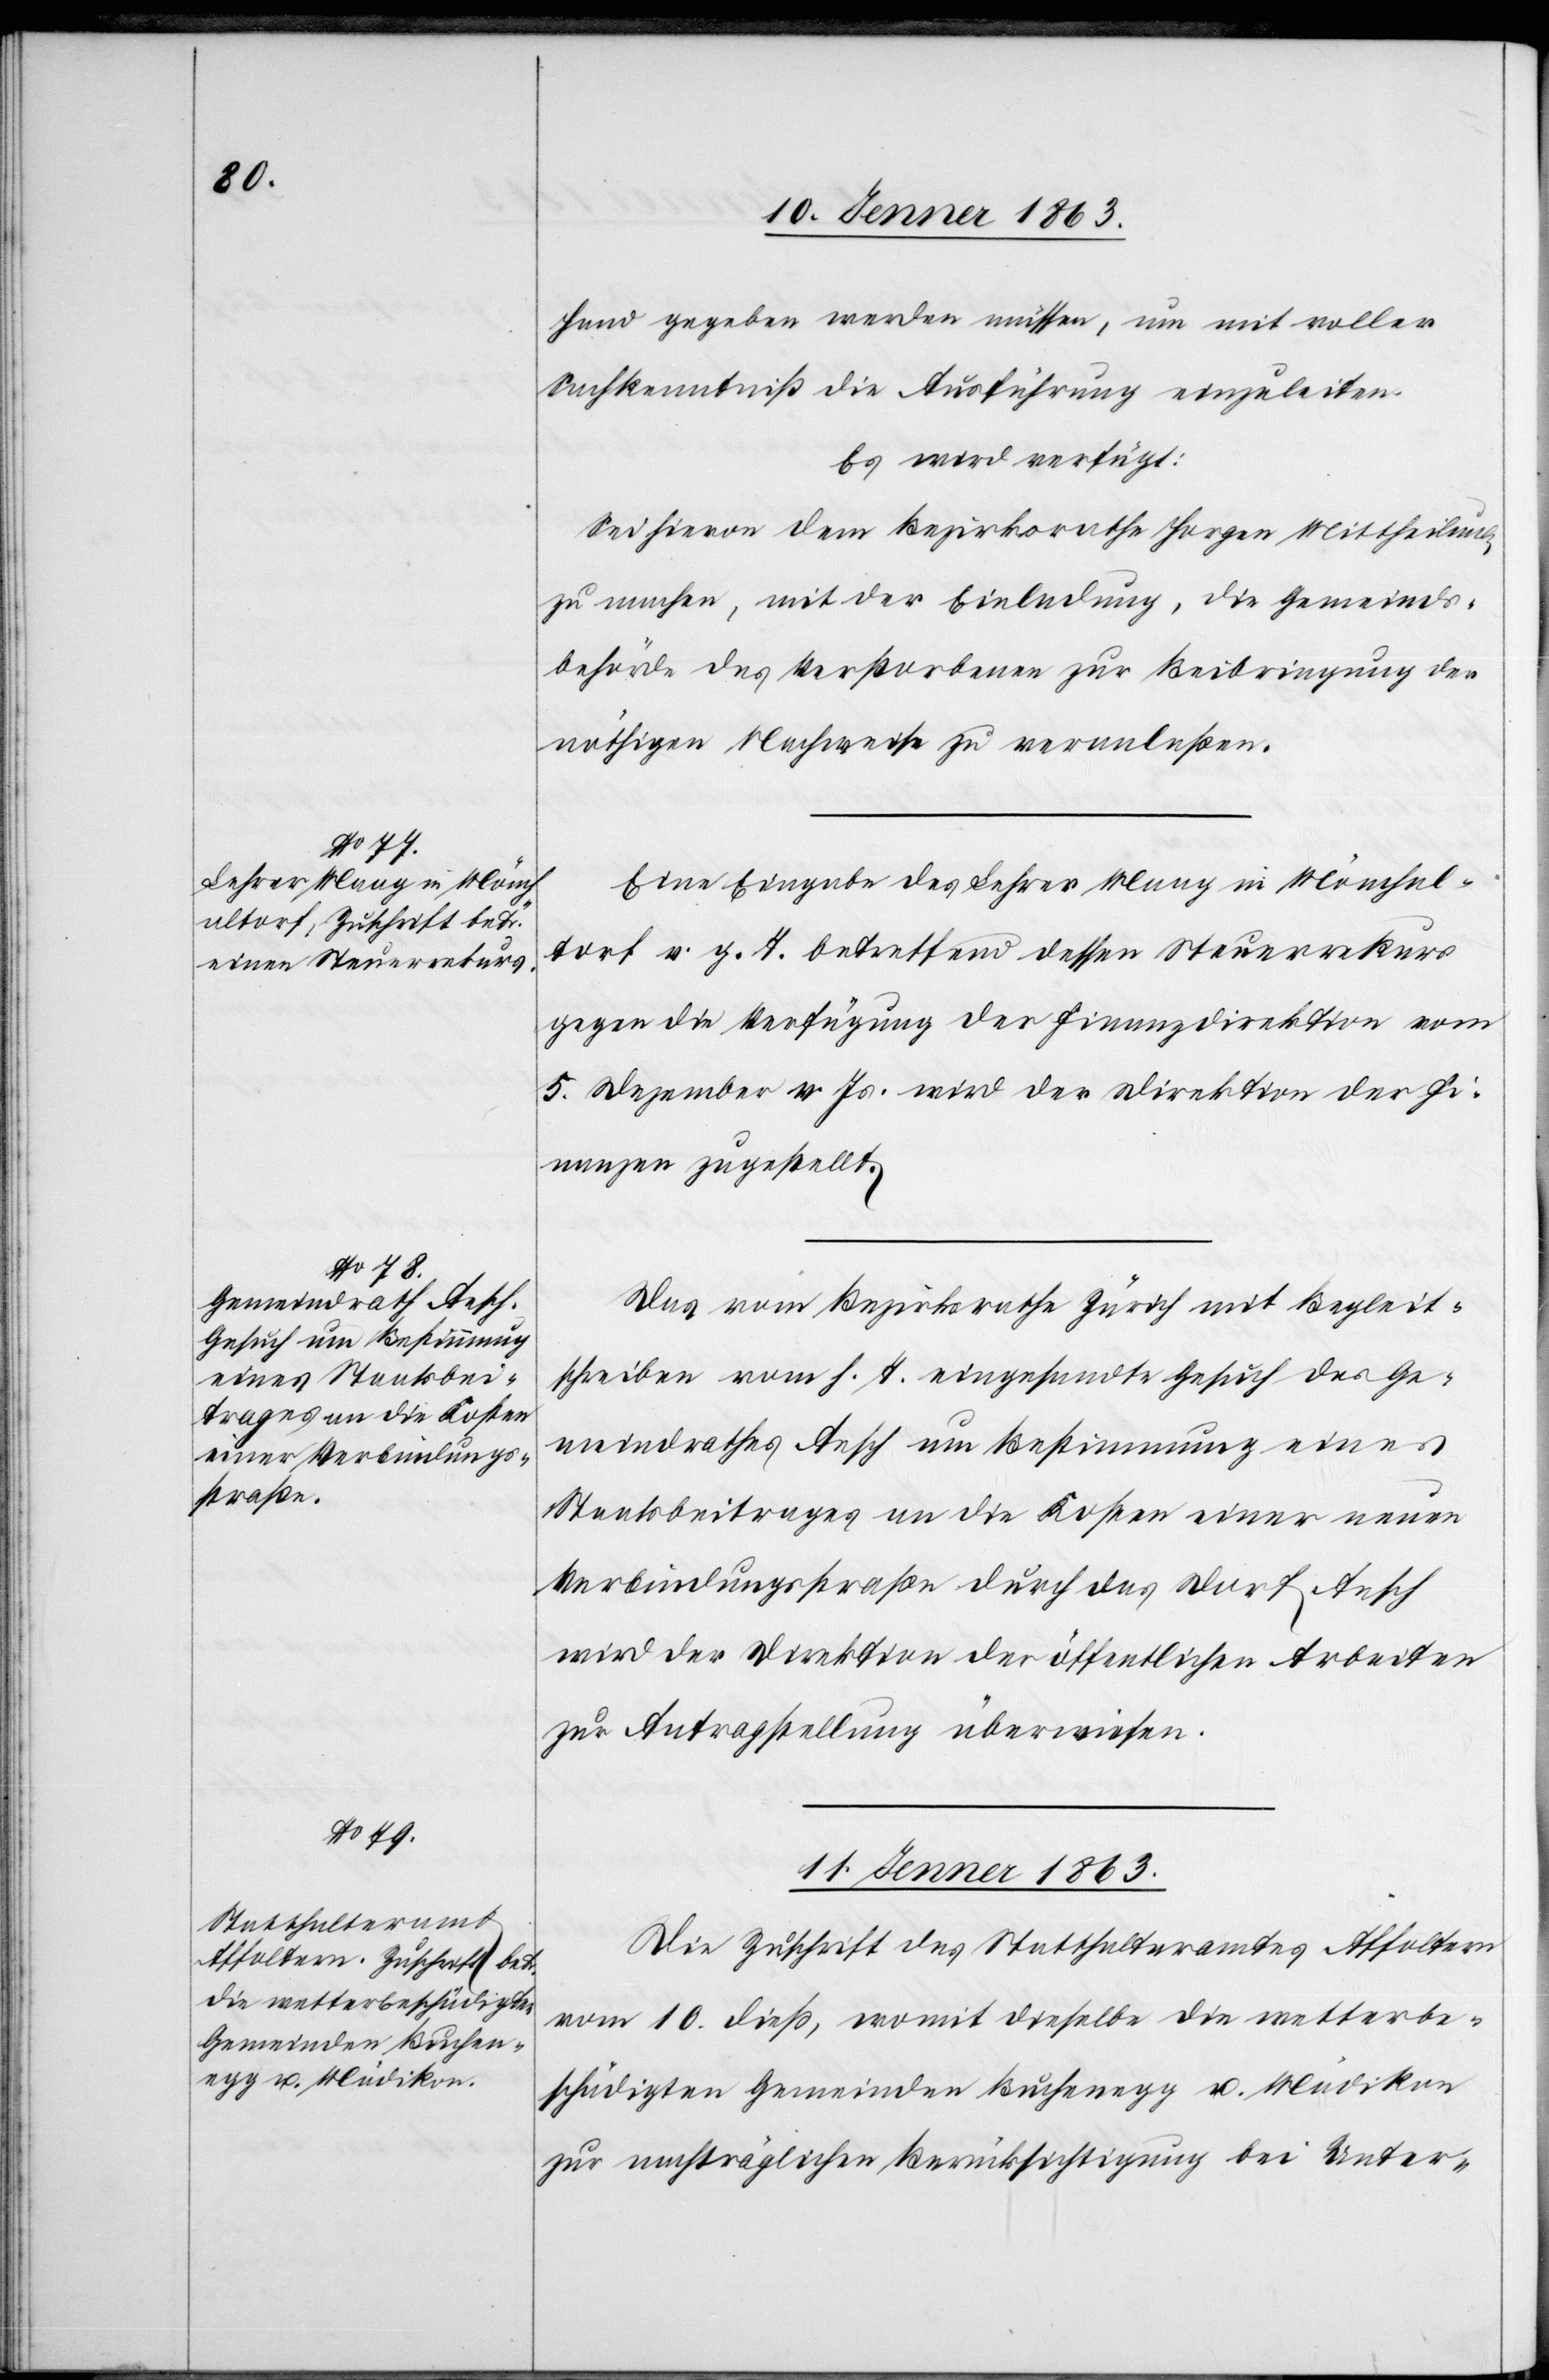
10. Jenner 1863.]
Hand gegeben werden müssen, um mit voller
Sachkenntniß die Ausführung einzuleiten.
Es wird verfügt:
Sei hievon dem Bezirksrathe Horgen Mittheilung
zu machen, mit der Einladung, die Gemeinds¬
behörde des Verstorbenen zur Beibringung der
nöthigen Nachweise zu veranlaßen.
Eine Eingabe des Lehrer Maag in Mönchal¬
torf v. g. T. betreffend dessen Steuerrekurs
gegen die Verfügung der Finanzdirektion vom
5. Dezember v. Js. wird der Direktion der Fi¬
nanzen zugestellt.
Das vom Bezirksrathe Zürich mit Begleit¬
schreiben vom h. T. eingesandte Gesuch des Ge¬
meindrathes Aesch um Bestimmung eines
Staatsbeitrages an die Kosten einer neuen
Verbindungsstraße durch das Dorf Aesch
wird der Direktion der öffentlichen Arbeiten
zur Antragstellung überwiesen.
11. Jenner 1863.
Die Zuschrift des Statthalteramtes Affoltern
vom 10. dieß, womit dieselbe die wetterbe¬
schädigten Gemeinden Buchenegg u. Mädikon
zur nachträglichen Berücksichtigung bei Unter-